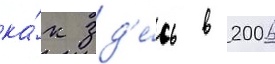
ка́к зд'е́сь в 2006